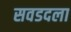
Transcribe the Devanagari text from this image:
सवडदला